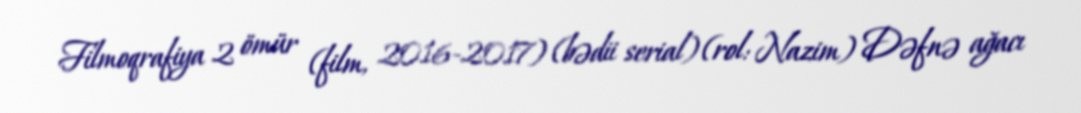
Filmoqrafiya 2 ömür (film, 2016-2017) (bədii serial) (rol: Nazim) Dəfnə ağacı